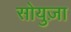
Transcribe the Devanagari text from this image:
सोयुज़ा